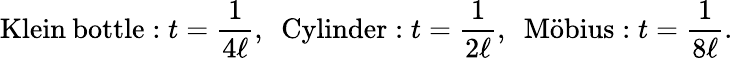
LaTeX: \mathrm{Klein\: bottle}:t=\frac{1}{4\ell},~~\mathrm{Cylinder}:t=\frac{1}{2\ell},~~\mathrm{M\ddot{o}bius}:t=\frac{1}{8\ell}.